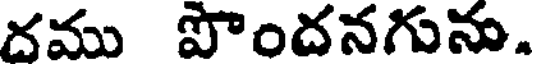
దము పొందనగును.